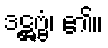
ဒဋ္ဌဗ္ဗံ၊ ၏။